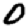
Digit: 0